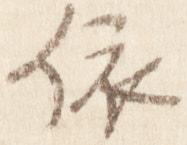
依